Civil Veterinary Department Bihar reports 1940-50 - 1940-1950
Year: 1940
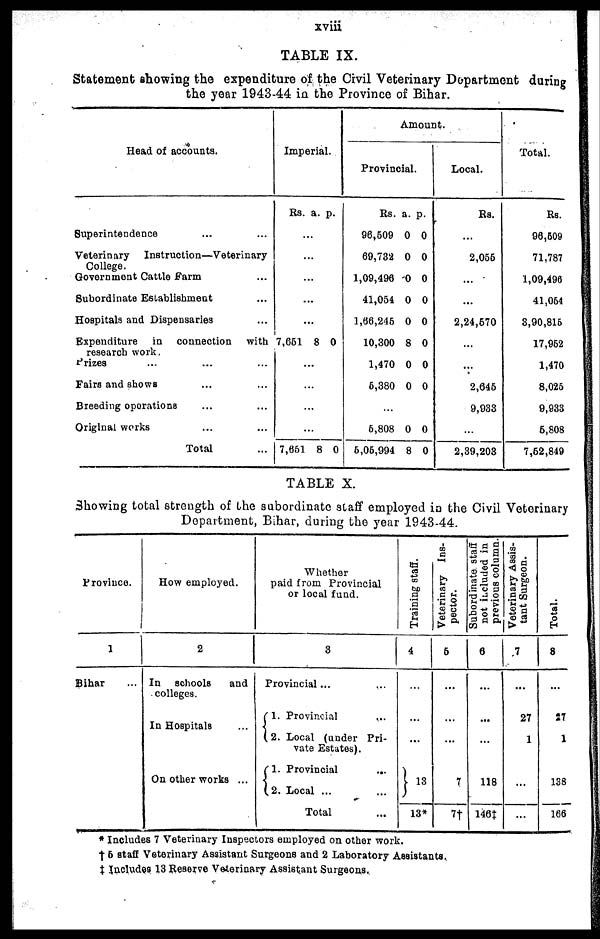
xviii
TABLE IX.
Statement showing the expenditure of the Civil Veterinary Department during
the year 1943-44 in the Province of Bihar.
Head of accounts.
Superintendence ... ...
Veterinary
Instruction—Veterinary
College.
Government Cattle Farm ...
Subordinate Establishment ...
Hospitals and Dispensaries ...
Expenditure
in connection
with
research work.
Prizes ... ... ...
Fairs and shows ... ...
Breeding operations ... ...
Original works ... ...
Total ...
Imperial.
Rs.
...
...
...
...
.
7,651
...
...
...
...
7,661
a.
..
8
8
p.
0
0
Amount.
Provincial.
Rs.
96,509
69,732
1,09,496
41,054
1,66,245
10,300
1,470
5,380
...
5,808
5,05,994
a.
0
0
0
0
0
8
0
0
0
8
p.
0
0
0
0
0
0
0
0
0
0
Local.
Rs.
...
2,055
...
...
2,24,570
...
...
2,645
9,933
...
2,39,203
Total.
Rs.
96,609
71,787
1,09,496
41,054
3,90,815
17,952
1,470
8,025
9,933
5,808
7,52,849
TABLE X.
Showing total strength of the subordinate staff employed in the Civil Veterinary
Department, Bihar, during the year 1943-44.
Province.
1
Bihar ...
How employed.
2
In schools
and
colleges.
In Hospitals ...
On other works ...
Whether
paid from Provincial
or local fund.
3
Provincial ...
1. Provincial ...
2. Local (under Pri-
vate Estates).
1. Provincial ...
2. Local ... ...
Total ...
Training staff.
4
...
...
...
13
13*
Veterinary Ins-
pector.
5
...
...
...
7
7†
Subordinate staff
not included in
previous column.
6
...
...
...
118
146‡
Veterinary Assis-
tant Surgeon.
7
...
27
1
...
...
Total.
8
...
27
1
138
166
* Includes 7 Veterinary Inspectors employed on other work.
†5 staff Veterinary Assistant Surgeons and 2 Laboratory Assistants.
‡ Includes 13 Reserve Veterinary Assistant Surgeons.